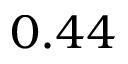
0 . 4 4